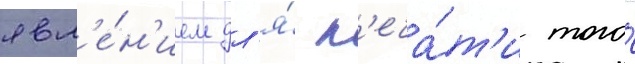
явл'е́н'ием дл'я́ п'еча́т'и того́